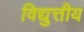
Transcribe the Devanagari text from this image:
विद्युत्तीय